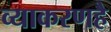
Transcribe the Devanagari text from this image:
व्याकरणहै